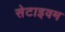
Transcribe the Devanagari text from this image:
सेटाइवम